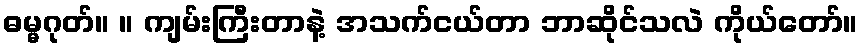
ဓမ္မဂုတ်။ ။ ကျမ်းကြီးတာနဲ့ အသက်ငယ်တာ ဘာဆိုင်သလဲ ကိုယ်တော်။